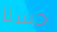
حسنا